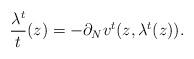
LaTeX: \begin{align*}\frac{\lambda^t}{t}(z) = -\partial_N v^t(z,\lambda^t(z)) .\end{align*}